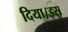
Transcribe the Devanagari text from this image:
दिया।इस